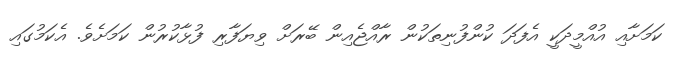
ކަމަށާއި އުއްމީދަކީ އެފަދަ ކުންފުނިތަކުން ރާއްޖެއިން ބޭރަށް ވިޔަފާރި ފުޅާކުުރުން ކަމަށެވެ. އެކަމުގައި